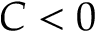
C < 0